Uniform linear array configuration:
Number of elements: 8
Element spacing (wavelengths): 0.75
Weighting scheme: cosine
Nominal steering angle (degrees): -45
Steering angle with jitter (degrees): -43.048
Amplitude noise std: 0.05
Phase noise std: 0.05

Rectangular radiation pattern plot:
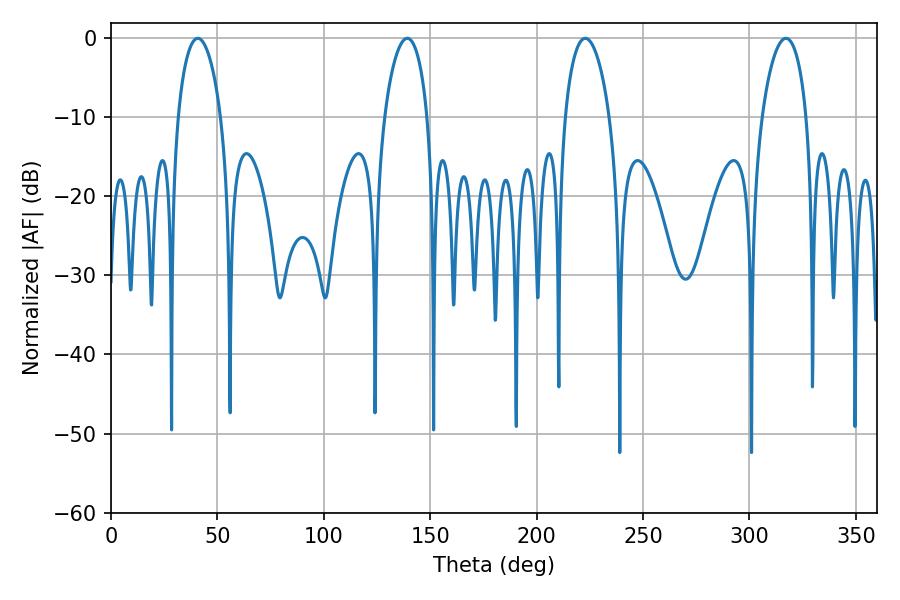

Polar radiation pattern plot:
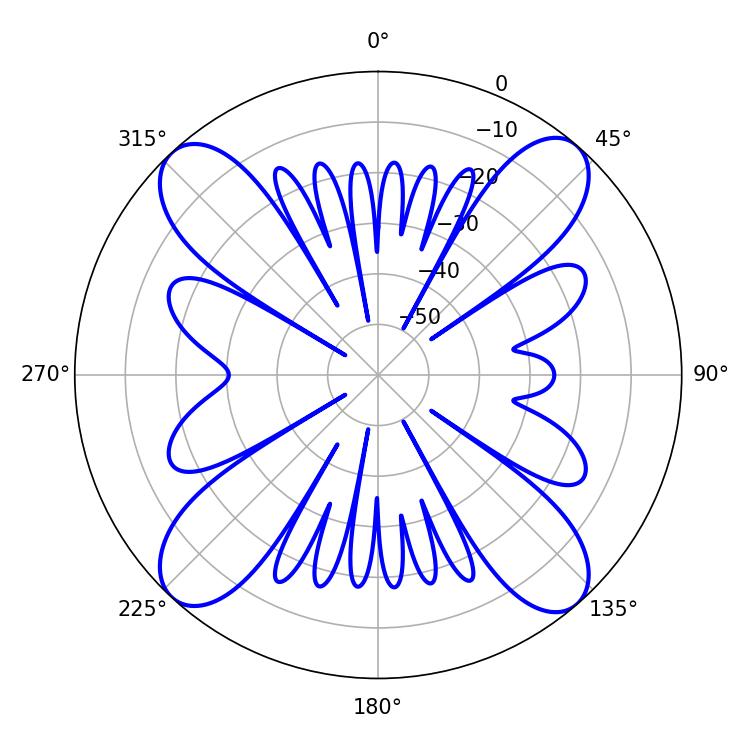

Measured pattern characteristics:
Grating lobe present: TRUE
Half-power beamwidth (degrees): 11.88
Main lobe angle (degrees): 222.84